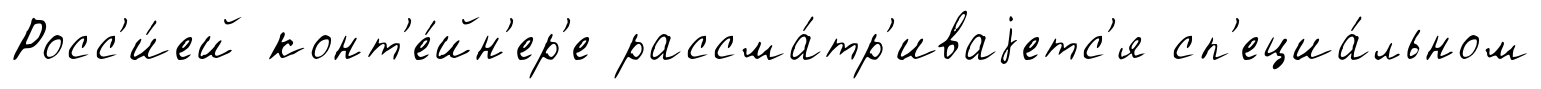
Росс'и́ей конт'е́йн'ер'е рассма́тр'иваjетс'я сп'ециа́льном